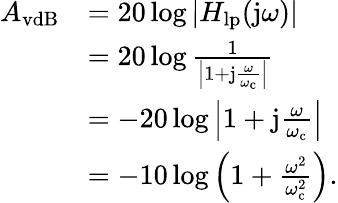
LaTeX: {\begin{array}{rl}{A_{\mathrm{vdB}}}&{=20\log|H_{\mathrm{lp}}(\mathrm{j}\omega)|}\\ &{=20\log{\frac{1}{\left|1+\mathrm{j}{\frac{\omega}{\omega_{\mathrm{c}}}}\right|}}}\\ &{=-20\log\left|1+\mathrm{j}{\frac{\omega}{\omega_{\mathrm{c}}}}\right|}\\ &{=-10\log\left(1+{\frac{\omega^{2}}{\omega_{\mathrm{c}}^{2}}}\right).}\end{array}}